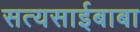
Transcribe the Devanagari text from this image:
सत्यसाईबाबा